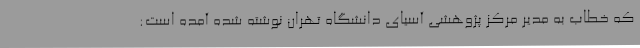
که خطاب به مدیر مرکز پژوهشی آسیای دانشگاه تهران نوشته شده آمده است: